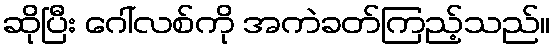
ဆိုပြီး ဂေါ်လစ်ကို အကဲခတ်ကြည့်သည်။